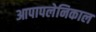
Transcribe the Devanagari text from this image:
आपापलेनिकाल